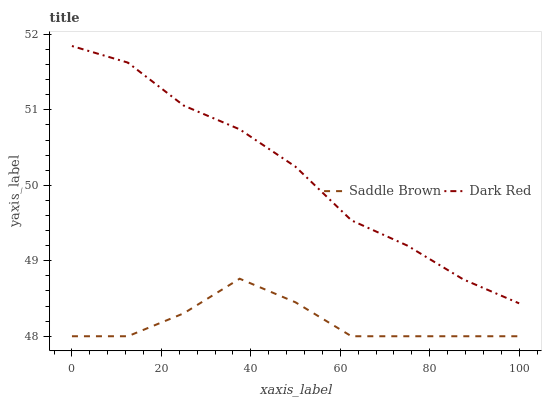
| xaxis_label | Saddle Brown | Dark Red |
 | --- | --- | --- |
 | 0 | 48 | 51.8 |
 | 12.5 | 48 | 51.6 |
 | 25 | 48.3 | 51.1 |
 | 37.5 | 48.8 | 50.7 |
 | 50 | 48.4 | 50.2 |
 | 62.5 | 48 | 49.5 |
 | 75 | 48 | 49.2 |
 | 87.5 | 48 | 48.8 |
 | 100 | 48 | 48.4 |